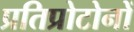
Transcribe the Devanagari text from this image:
प्रतिप्रोटोनों